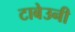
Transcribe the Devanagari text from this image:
टाबेउनी